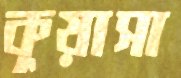
কুয়াসা